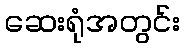
ဆေးရုံအတွင်း